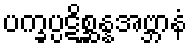
ပက္ခပ္ပဋိစ္ဆန္နအဗ္ဘာနံ